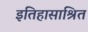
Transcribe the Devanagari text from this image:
इतिहासाश्रित